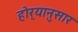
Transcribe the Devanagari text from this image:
होर्‍यानुसार